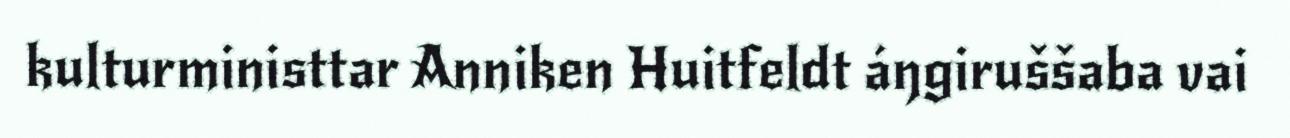
kulturministtar Anniken Huitfeldt áŋgiruššaba vai